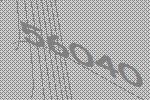
56040